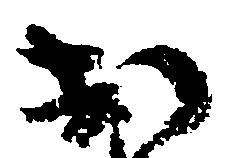
於